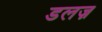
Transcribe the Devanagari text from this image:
डलज़